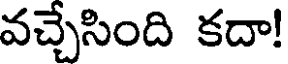
వచ్చేసింది కదా!